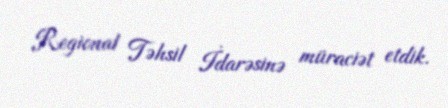
Regional Təhsil İdarəsinə müraciət etdik.